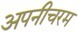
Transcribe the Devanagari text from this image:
अपनीचरम